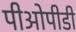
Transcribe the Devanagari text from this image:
पीओपीडी